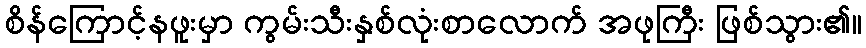
စိန်ကြောင့်နဖူးမှာ ကွမ်းသီးနှစ်လုံးစာလောက် အဖုကြီး ဖြစ်သွား၏။